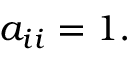
a _ { i i } = 1 .